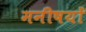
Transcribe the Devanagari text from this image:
मनीषयों